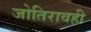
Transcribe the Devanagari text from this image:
जोतिरावही